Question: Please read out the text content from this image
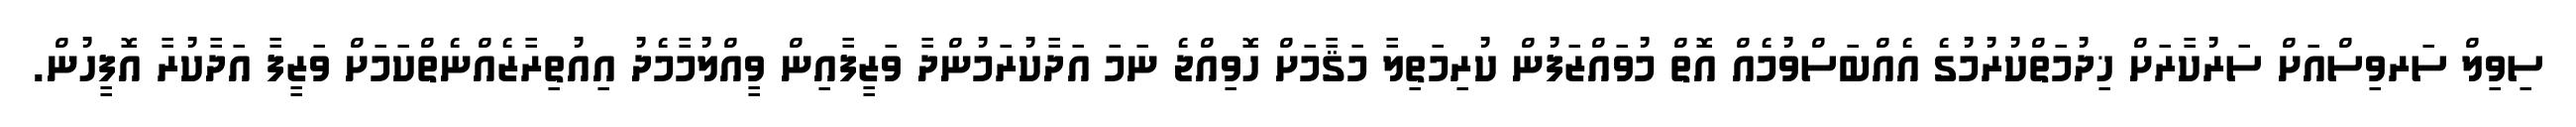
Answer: ސިވިލް ސަރވިސްއަށް ސަރުކާރަށް ޚިދުމަތްކުރުމުގެ އެއްބަސްވުމެއް އޮތް މުވައްޒަފުން ކުރިމަތިލާ މަޤާމަށް ހޮވިއްޖެ ނަމަ އަދާކުރަމުންދާ ވަޒީފާއިން ވީއްލުމާމެދު އިއުތިރާޒެއްނެތްކަމަށް ވަޒީފާ އަދާކުރާ އޮފީހުން.